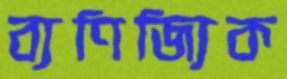
ব্যণিজ্যিক